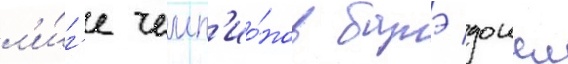
л'и́г'е чемп'ио́нов батэ дошел